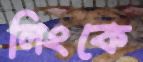
লিংকে